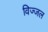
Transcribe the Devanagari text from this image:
विज्जल